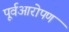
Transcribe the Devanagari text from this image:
पूर्वआरोपण